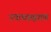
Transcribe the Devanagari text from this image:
उपाध्यक्षगण